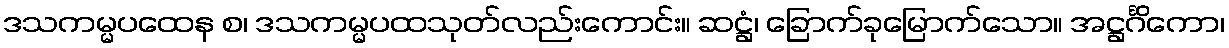
ဒသကမ္မပထေန စ၊ ဒသကမ္မပထသုတ်လည်းကောင်း။ ဆဋ္ဌံ၊ ခြောက်ခုမြောက်သော။ အဋ္ဌင်္ဂိကော၊